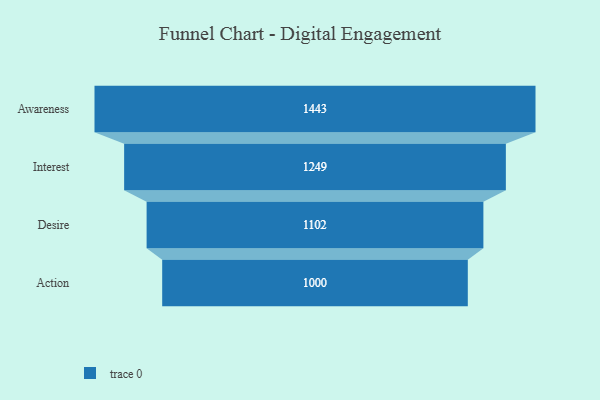
{"axis": {"x": "Stage", "y": "Value"}, "legend": [""], "data": [{"x": "Awareness", "y": 1443.0, "type": ""}, {"x": "Interest", "y": 1249.0, "type": ""}, {"x": "Desire", "y": 1102.0, "type": ""}, {"x": "Action", "y": 1000.0, "type": ""}]}